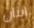
ايثان